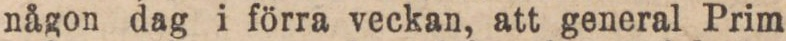
någon dag i förra veckan, att general Prim